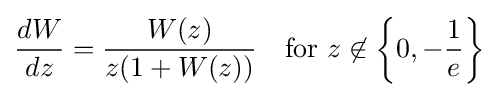
{\frac {dW}{dz}}={\frac {W(z)}{z(1+W(z))}}\quad {\text{for }}z\not \in \left\{0,-{\frac {1}{e}}\right\}